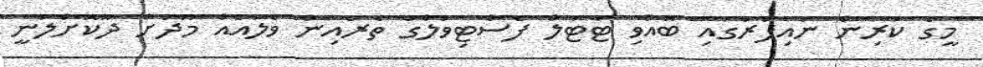
މީގެ ކުރިން ނައިފަރުގައި ބޭއްވި ޓާޓަލް ފެސްޓިވަލްގެ ތެރެއިން ވެލައެއް މޫދަށް ދޫކޮށްލަނީ